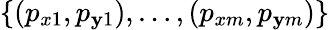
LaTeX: \{ (p_{x1},p_{\mathbf{y}1}),\dots,(p_{xm},p_{\mathbf{y}m})\}